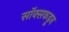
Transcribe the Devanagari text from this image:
सॉक्सकडून